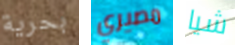
بحرية مصيري شيا